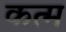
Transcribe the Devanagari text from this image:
कत्म